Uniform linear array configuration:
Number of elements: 32
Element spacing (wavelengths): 0.25
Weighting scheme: hamming
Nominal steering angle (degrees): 30
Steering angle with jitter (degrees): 30.667
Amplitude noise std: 0.05
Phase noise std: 0.05

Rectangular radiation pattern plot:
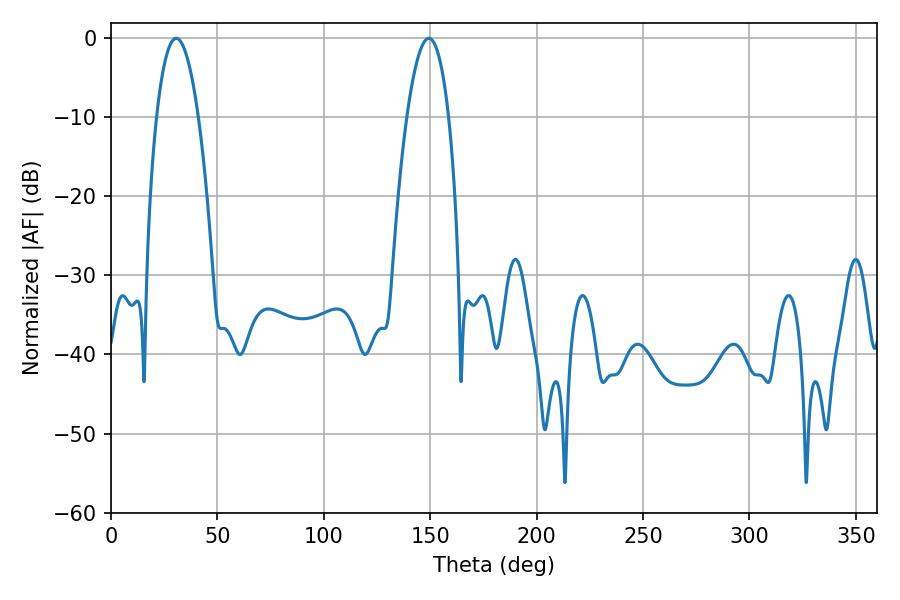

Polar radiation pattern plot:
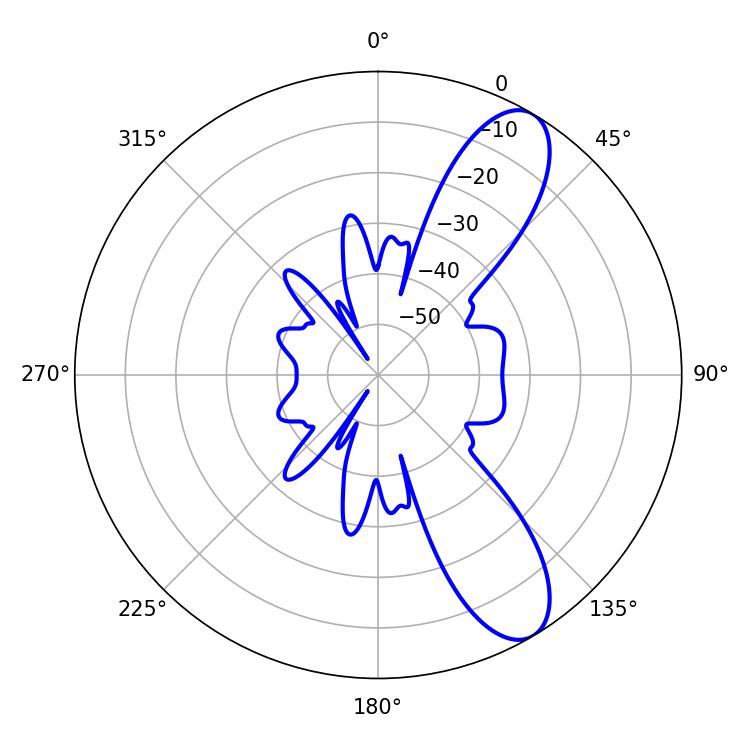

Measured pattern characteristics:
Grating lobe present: FALSE
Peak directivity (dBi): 9.822
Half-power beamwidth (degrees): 10.8
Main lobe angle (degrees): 30.6